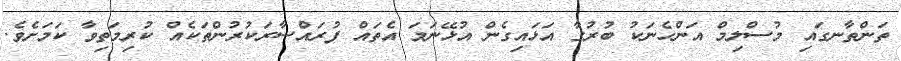
ތަންތާނގައި މުސްލިމް އަންހެނަކު ބުރުގާ އަޅައިގެން އުޅޭނަމަ އެތައް ފުރައްސާރަކުރުންތަކެއް ކުރިމަތިވާ ކަމަށެވެ.